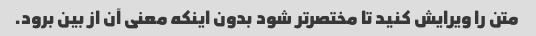
متن را ویرایش کنید تا مختصرتر شود بدون اینکه معنی آن از بین برود.